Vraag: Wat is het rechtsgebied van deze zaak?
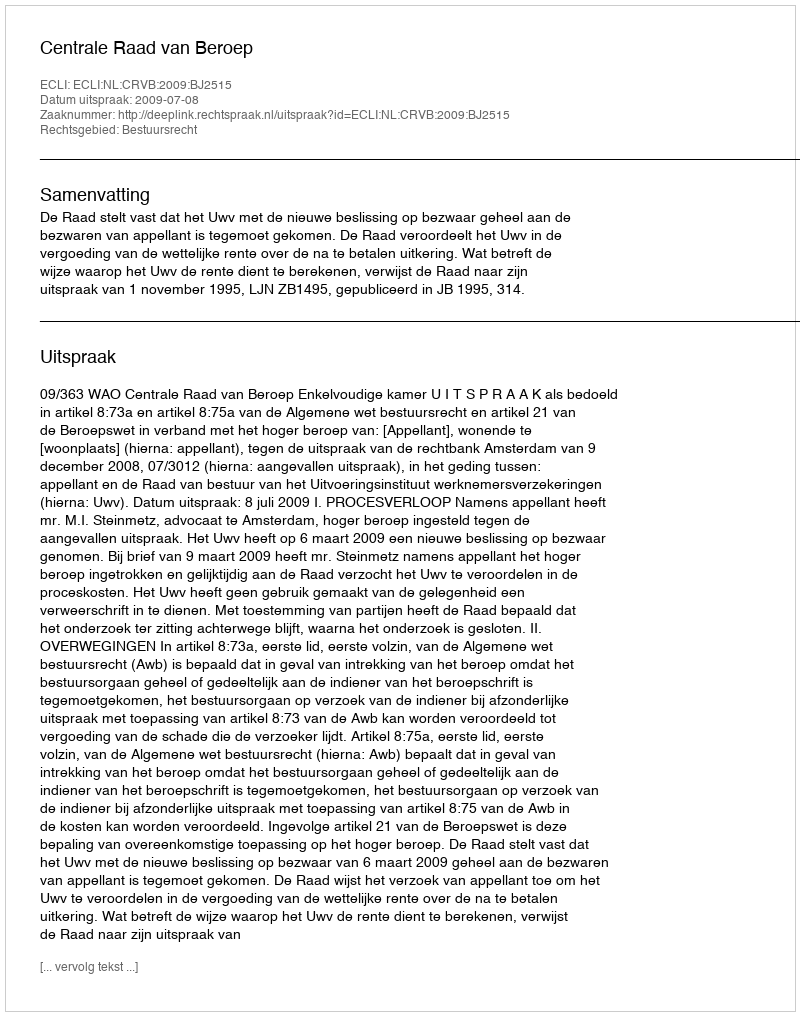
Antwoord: Bestuursrecht